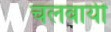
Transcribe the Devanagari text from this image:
चलवायी